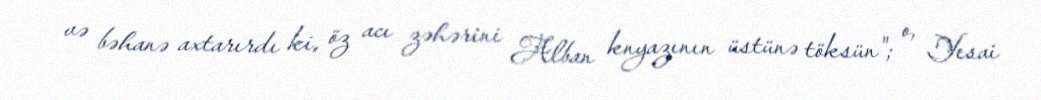
və bəhanə axtarırdı ki, öz acı zəhərini Alban knyazının üstünə töksün"; o, Yesai